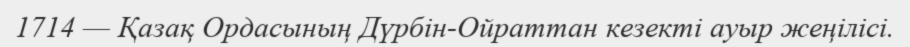
1714 — Қазақ Ордасының Дүрбін-Ойраттан кезекті ауыр жеңілісі.